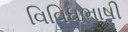
વિવિધભાષી